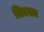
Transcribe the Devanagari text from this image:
जितवाए